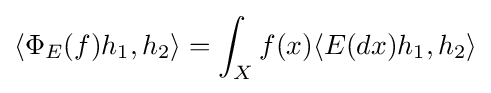
\langle \Phi _{E}(f)h_{1},h_{2}\rangle =\int _{X}f(x)\langle E(dx)h_{1},h_{2}\rangle